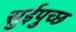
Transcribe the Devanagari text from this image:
सुईपुच्छ